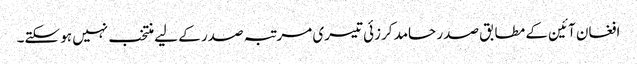
افغان آئین کے مطابق صدر حامد کرزئی تیسری مرتبہ صدر کے لیے منتخب نہیں ہو سکتے۔